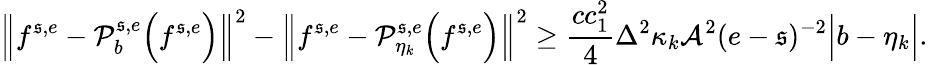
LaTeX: \Big\| f^{\mathfrak{s},e}-\mathcal{{P}}_{b}^{\mathfrak{s},e}\Big(f^{\mathfrak{s},e}\Big)\Big\| ^{2}-\Big\| f^{\mathfrak{s},e}-\mathcal{{P}}_{\eta_{k}}^{\mathfrak{s},e}\Big(f^{\mathfrak{s},e}\Big)\Big\| ^{2}\geq\frac{{cc_{1}^{2}}}{{4}}\Delta^{2}\kappa_{k}\mathcal{{A}}^{2}(e-\mathfrak{s})^{-2}\Big|b-\eta_{k}\Big|.